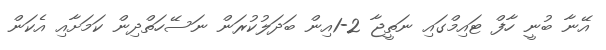
އޭނާ ބުނީ ހާފް ޓައިމްގައި ނަތީޖާ 2-1އިން ބަދަލުކުރަން ނަސޭހަތްދިން ކަމަށާއި އެކަން